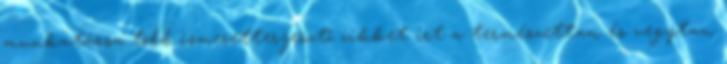
munkatársa több ismeretterjesztő cikket irt a természettan és vegytan